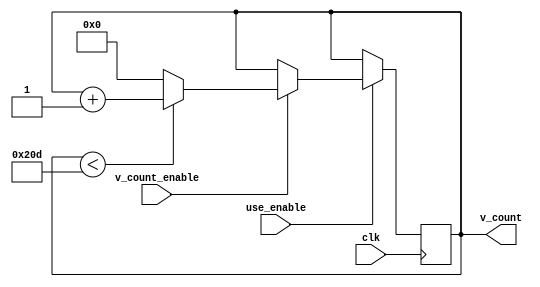
`timescale 1ns / 1ps
//////////////////////////////////////////////////////////////////////////////////
// Company: 
// 
// Design Name: 
// Module Name: horizontal_counter
// Project Name: 
// Target Devices: 
// Tool Versions: 
// Description: 
// 
// Dependencies: 
// 
// Revision:
// Revision 0.01 - File Created
// Additional Comments:
// 
//////////////////////////////////////////////////////////////////////////////////


module vertical_counter(
       input clk,
       input use_enable,
       input v_count_enable,
       output reg [15:0] v_count = 0
    );
    
//    wire enable;
//    wire use_enable;
    
//    clk_en clk_en(.clk(clk), .en(enable));
//    dff_en dff_en(.DFF_CLK(clk), .clock_en(enable), .Q(use_enable));
    
    always @ (posedge clk) begin
        if (use_enable == 1) begin
            if (v_count_enable) begin    //keep counting until 525
                    if (v_count < 525)
                        v_count <= v_count + 1;
                    else v_count <= 0;                           // reset vert count
            end
        end
    end
endmodule